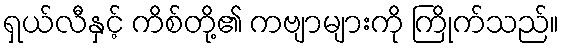
ရှယ်လီနှင့် ကိစ်တို့၏ ကဗျာများကို ကြိုက်သည်။